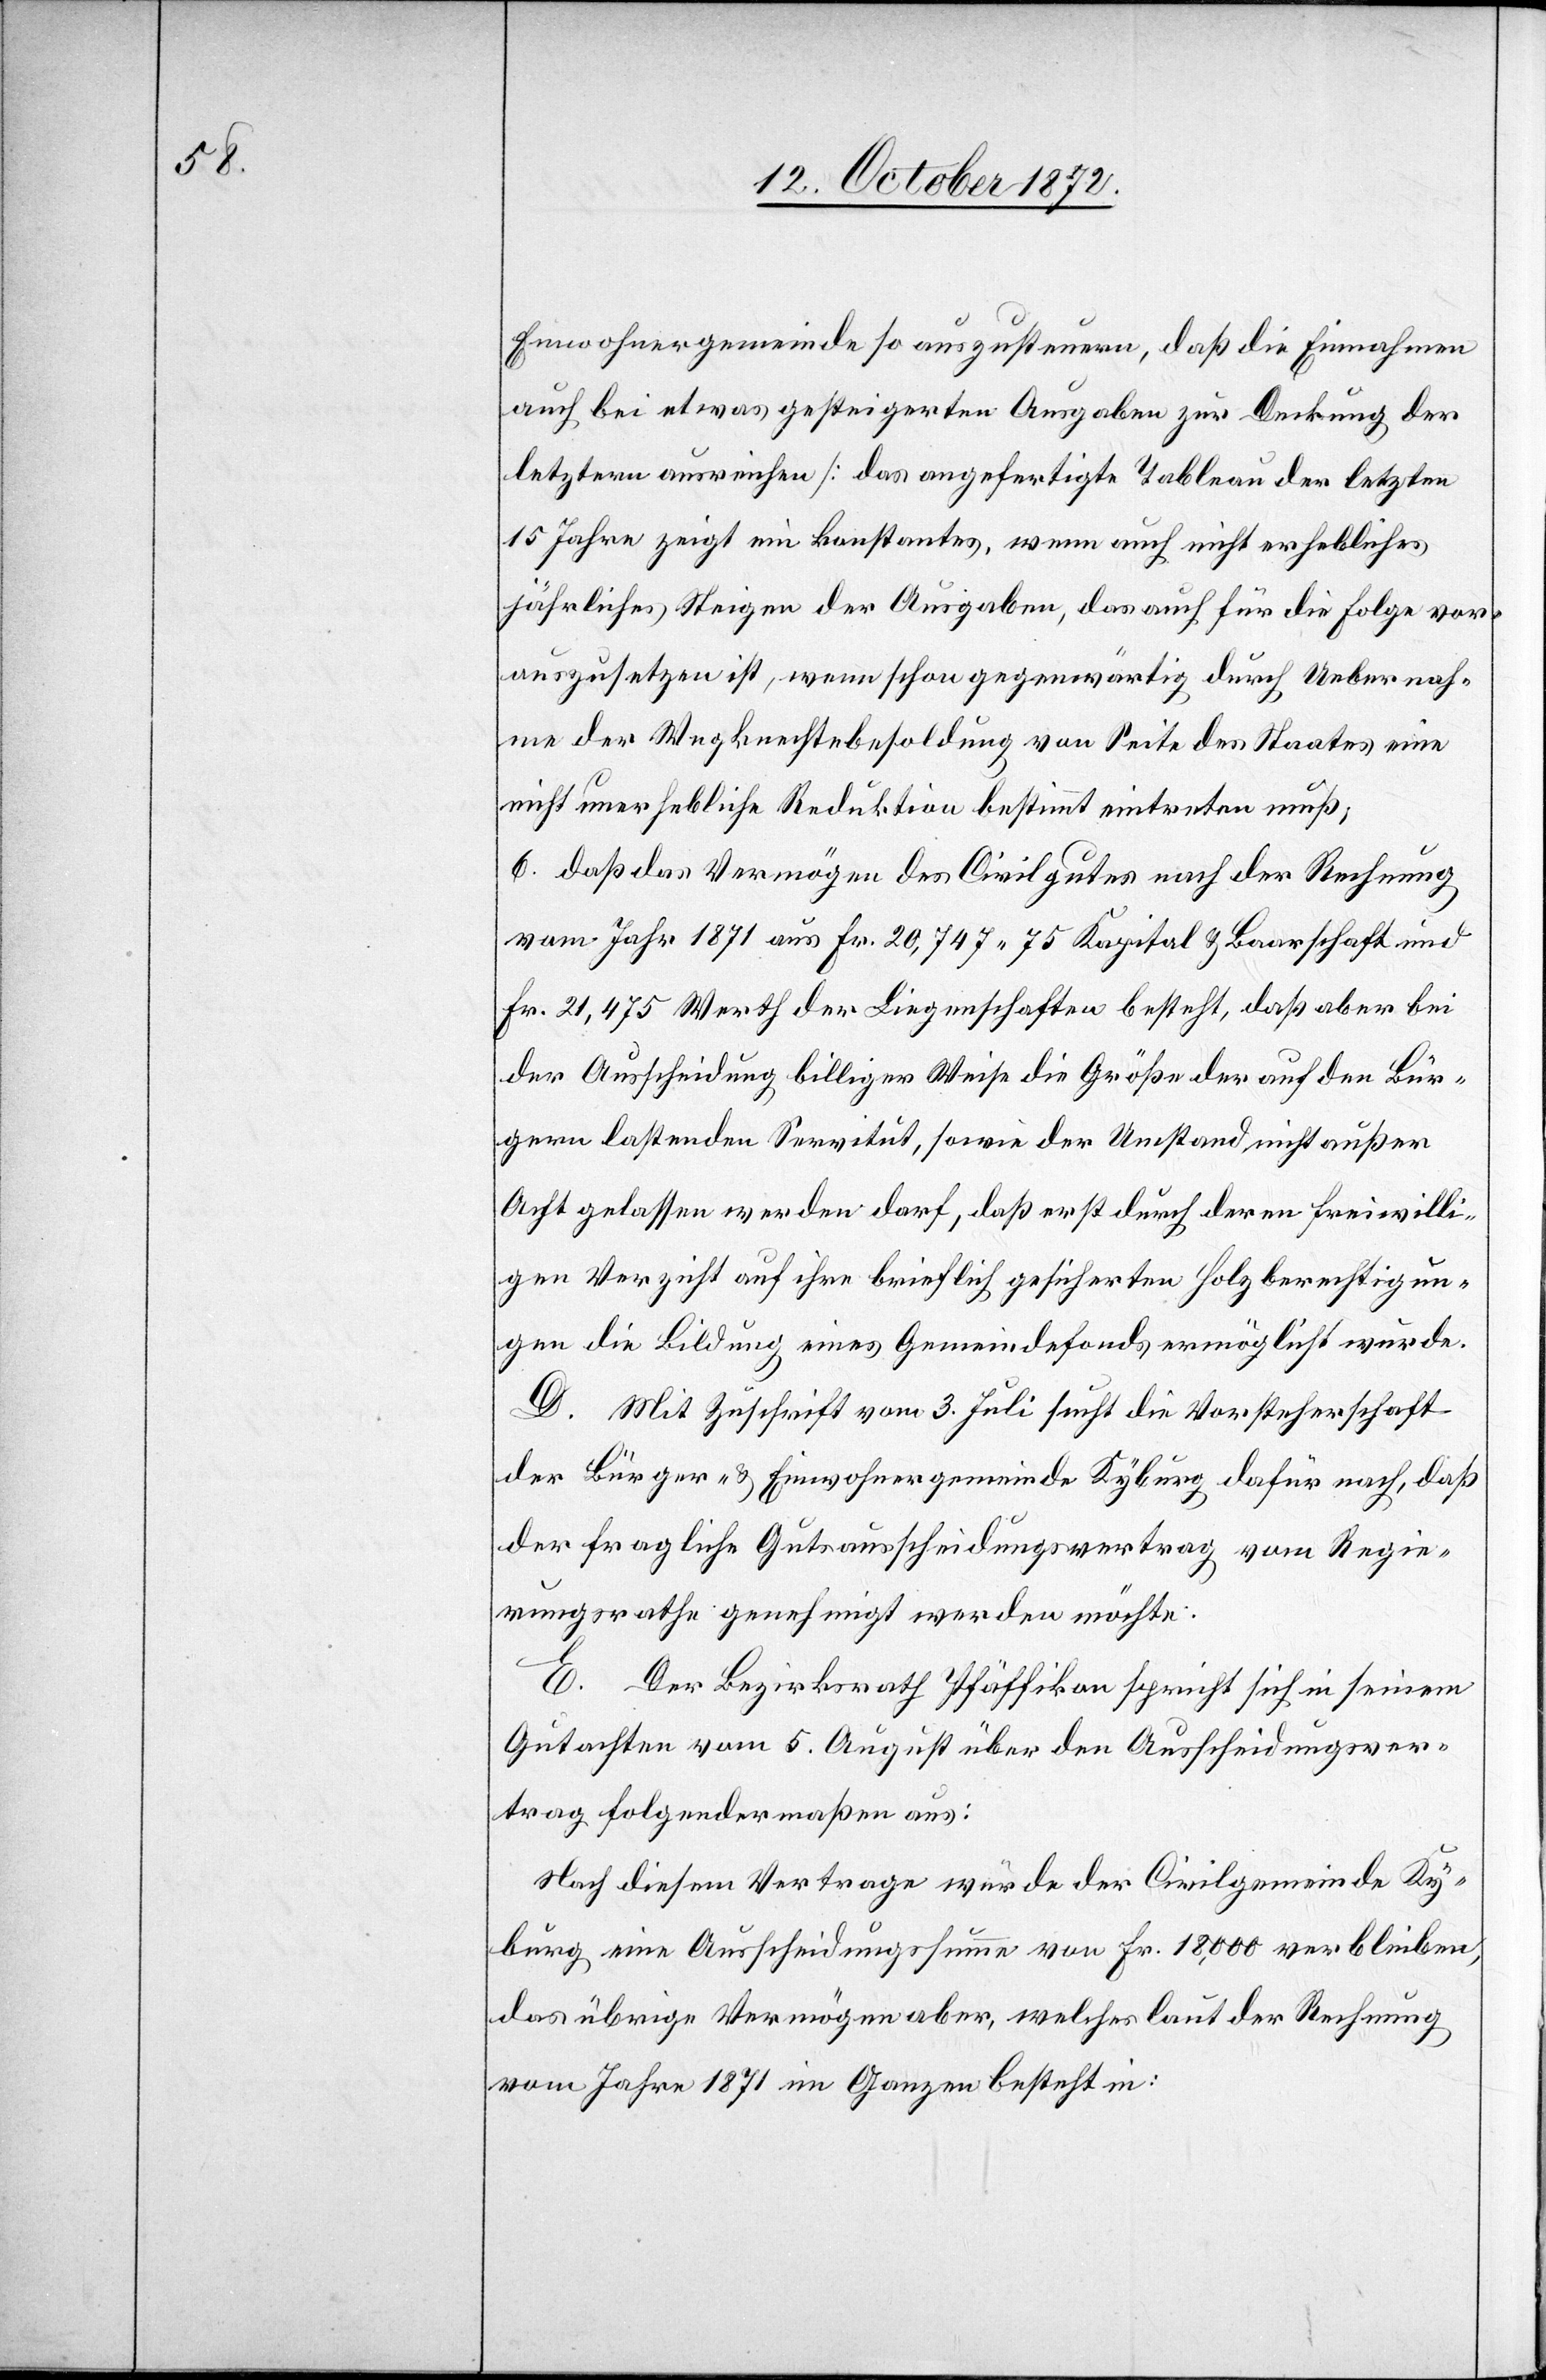
Einwohnergemeinde so auszusteuern, daß die Einnahmen
auch bei etwas gesteigerten Ausgaben zur Deckung der
letztern ausreichen [das angefertigte Tableau der letzten
15 Jahre zeigt ein konstantes, wenn auch nicht erhebliches
jährliches Steigen der Ausgaben, das auch für die Folge vor¬
auszusetzen ist, wenn schon gegenwärtig durch Uebernah¬
me der Wegknechtebesoldung von Seite des Staates eine
nicht unerhebliche Reduktion bestimmt eintreten muß;
6. daß das Vermögen des Civilgutes nach der Rechnung
vom Jahr 1871 aus Fr. 20,747 75 Kapital u. Baarschaft und
Fr. 21,475 Werth der Liegenschaften besteht, daß aber bei
der Ausscheidung billiger Weise die Größe der auf den Bür¬
gern lastenden Servitut, sowie der Umstand nicht außer
Acht gelassen werden darf, daß erst durch deren freiwilli¬
gen Verzicht auf ihre brieflich gesicherten Holzberechtigun¬
gen die Bildung eines Gemeindefonds ermöglicht wurde.
D. Mit Zuschrift vom 3. Juli sucht die Vorsteherschaft
der Bürger- u. Einwohnergemeinde Kyburg dafür nach, daß
der fragliche Gutsausscheidungsvertrag vom Regie¬
rungsrathe genehmigt werden möchte.
E. Der Bezirksrath Pfäffikon spricht sich in seinem
Gutachten vom 5. August über den Ausscheidungsver¬
trag folgendermaßen aus:
Nach diesem Vertrage würde der Civilgemeinde Ky¬
burg eine Ausscheidungssumme von Fr. 18,000 verbleiben,
das übrige Vermögen aber, welches laut der Rechnung
vom Jahre 1871 im Ganzen besteht in: